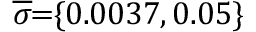
\! \! \! \! \! \overline { { \sigma } } \! \! = \! \! \{ 0 . 0 0 3 7 , 0 . 0 5 \} \!